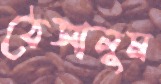
ঠেসালুম